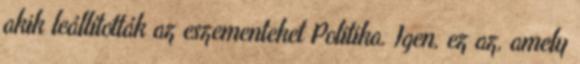
akik leállították az eszementeket Politika. Igen, ez az, amely